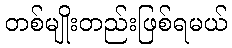
တစ်မျိုးတည်းဖြစ်ရမယ်